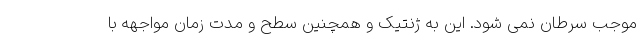
موجب سرطان نمی شود. این به ژنتیک و همچنین سطح و مدت زمان مواجهه با